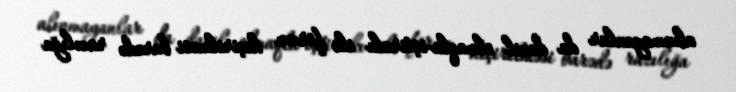
alınmayanlar da daxil olmaqla-iştirakı ilə forum keçirilməsi barədə razılığa